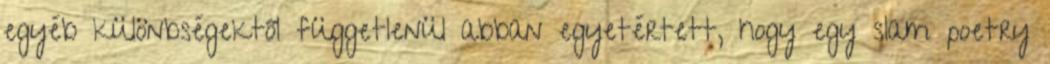
egyéb különbségektől függetlenül abban egyetértett, hogy egy slam poetry